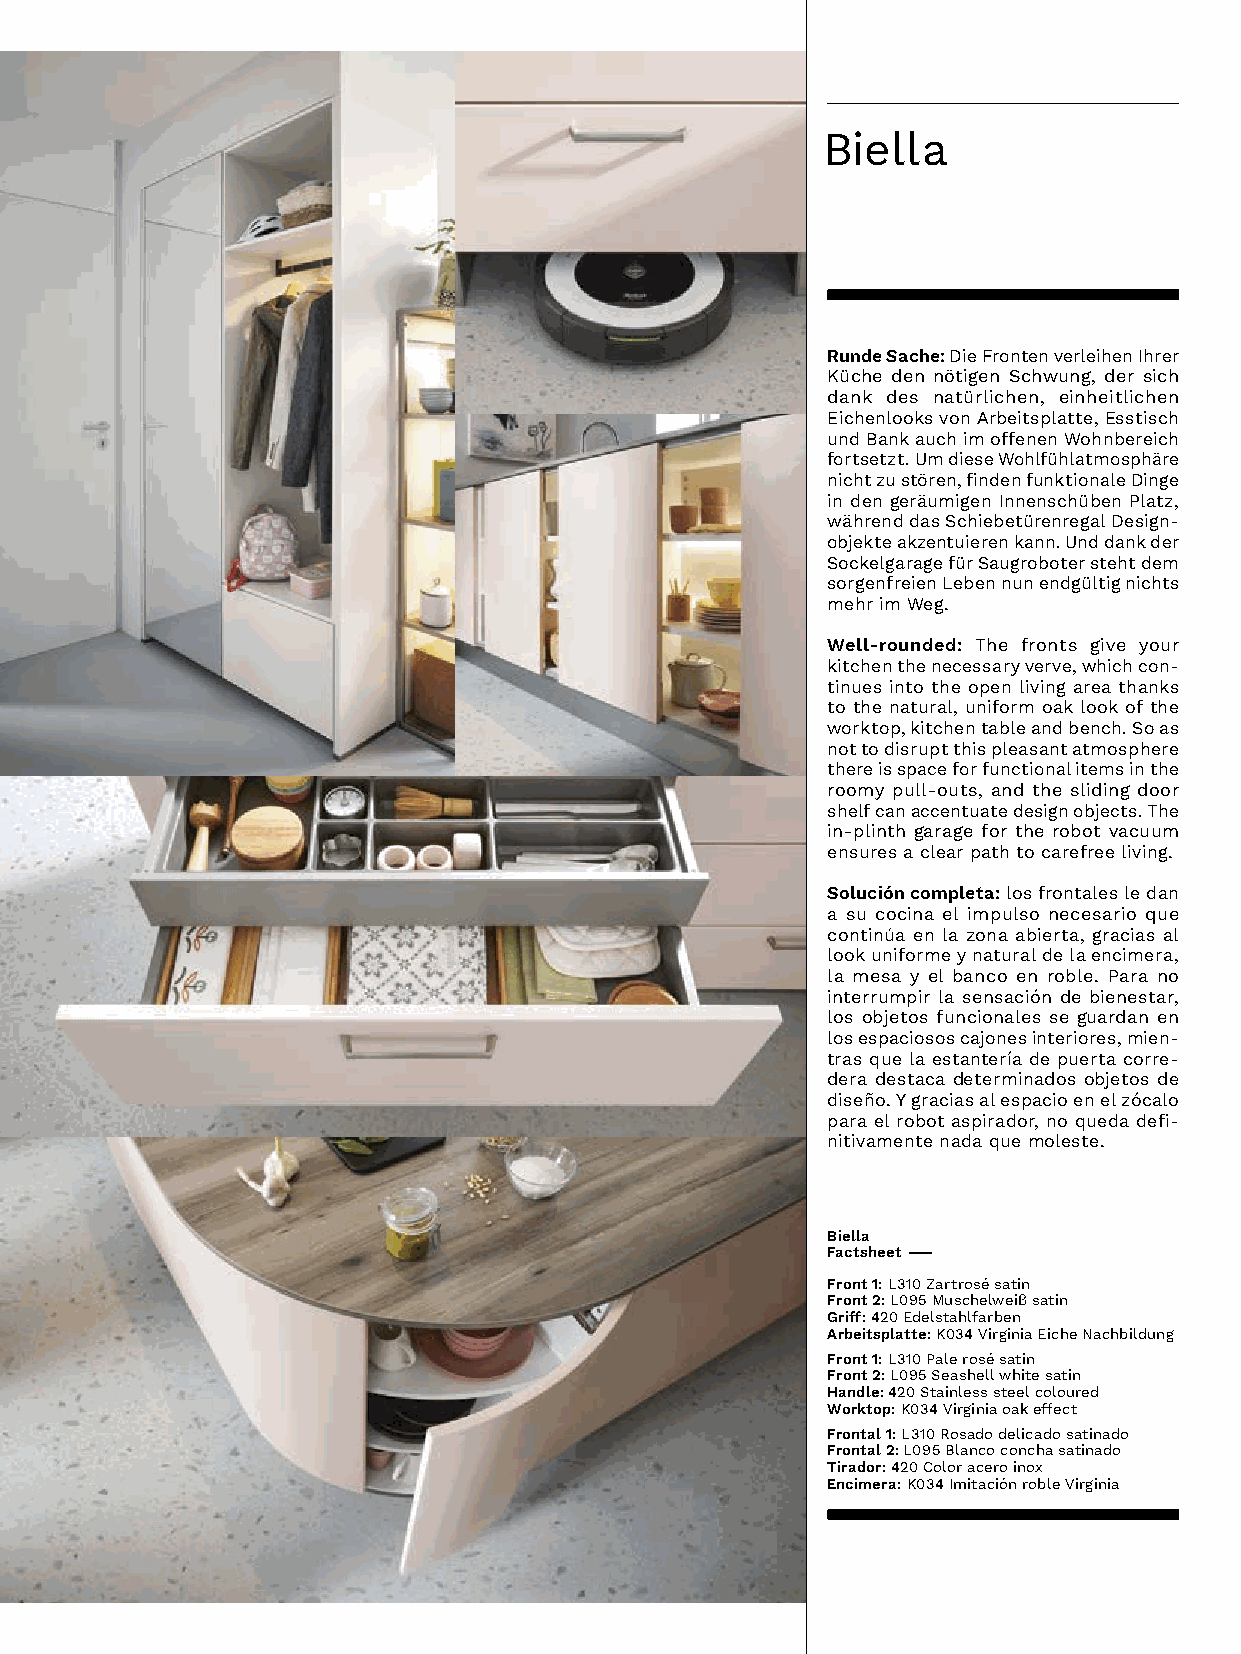
Biella
 Runde Sache: Die Fronten verleihen Ihrer
 KüchedennötigenSchwung,dersich
 dank des natürlichen, einheitlichen
 EichenlooksvonArbeitsplatte,Esstisch
 undBankauchimoffenenWohnbereich
 fortsetzt.UmdieseWohlfühlatmosphäre
 nichtzustören,findenfunktionaleDinge
 indengeräumigenInnenschübenPlatz,
 währenddasSchiebetürenregalDesign-
 objekteakzentuierenkann.Unddankder
 SockelgaragefürSaugroboterstehtdem
 sorgenfreienLebennunendgültignichts
 mehrimWeg.
 Well-rounded:The fronts give your
 kitchenthenecessaryverve,whichcon-
 tinues into the open living area thanks
 tothenatural,uniformoaklookofthe
 worktop,kitchentableandbench.Soas
 not to disrupt this pleasant atmosphere
 there is space for functional items in the
 roomypull-outs,andtheslidingdoor
 shelfcanaccentuatedesignobjects.The
 in-plinthgaragefortherobotvacuum
 ensuresaclearpathtocarefreeliving.
 Solución completa: los frontales le dan
 a su cocina el impulso necesario que
 continúaenlazonaabierta,graciasal
 lookuniformeynaturaldelaencimera,
 lamesayelbancoenroble.Parano
 interrumpirlasensacióndebienestar,
 losobjetosfuncionalesseguardanen
 losespaciososcajonesinteriores,mien-
 trasquelaestanteríadepuertacorre-
 deradestacadeterminadosobjetosde
 diseño.Ygraciasalespacioenelzócalo
 paraelrobotaspirador,noquedadefi-
 nitivamentenadaquemoleste.
 Biella
 Factsheet –
 Front 1:L310Zartrosésatin
 Front 2:L095Muschelweißsatin
 Griff:420Edelstahlfarben
 Arbeitsplatte:K034VirginiaEicheNachbildung
 Front 1:L310Palerosésatin
 Front 2: L095 Seashell white satin
 Handle: 420 Stainless steel coloured
 Worktop:K034Virginiaoakeffect
 Frontal 1: L310 Rosado delicado satinado
 Frontal 2: L095 Blanco concha satinado
 Tirador: 420 Color acero inox
 Encimera:K034ImitaciónrobleVirginia